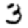
Digit: 3